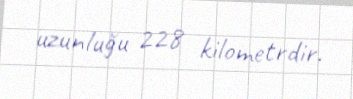
uzunluğu 228 kilometrdir.